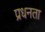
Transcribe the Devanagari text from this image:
प्रधनता